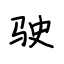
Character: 驶